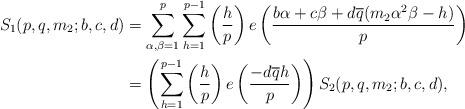
LaTeX: \begin{align*}S_1(p,q,m_2;b,c,d)&=\displaystyle\sum_{\alpha,\beta=1}^{p}\displaystyle\sum_{h=1}^{p-1}\left(\dfrac{h}{p}\right)e\left(\dfrac{b\alpha+c\beta+d\overline{q}(m_2\alpha^2\beta-h)}{p}\right)\\&=\left(\displaystyle\sum_{h=1}^{p-1}\left(\dfrac{h}{p}\right)e\left(\dfrac{-d\overline{q}h}{p}\right)\right)S_2(p,q,m_2;b,c,d),\end{align*}